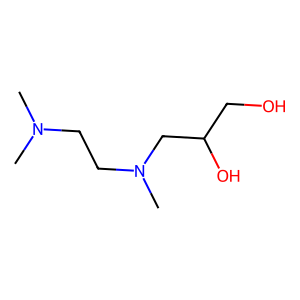
SMILES: CN(C)CCN(C)CC(O)CO
Inhibits HIV replication: No